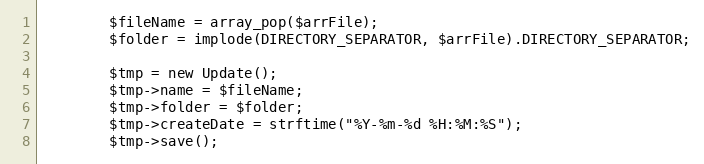
Language: PHP
        $fileName = array_pop($arrFile);
        $folder = implode(DIRECTORY_SEPARATOR, $arrFile).DIRECTORY_SEPARATOR;

        $tmp = new Update();
        $tmp->name = $fileName;
        $tmp->folder = $folder;
        $tmp->createDate = strftime("%Y-%m-%d %H:%M:%S");
        $tmp->save();